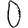
Digit: 0